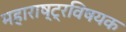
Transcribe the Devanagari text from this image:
महाराष्‍ट्रविषयक